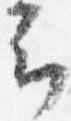
云